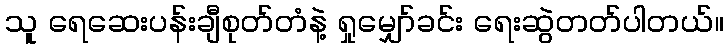
သူ ရေဆေးပန်းချီစုတ်တံနဲ့ ရှုမျှော်ခင်း ရေးဆွဲတတ်ပါတယ်။